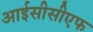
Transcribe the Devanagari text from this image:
आईसीसीएफ